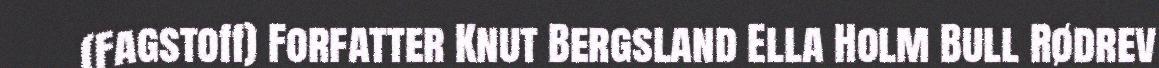
(Fagstoff) Forfatter Knut Bergsland Ella Holm Bull Rødrev